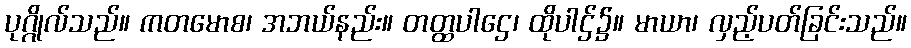
ပုဂ္ဂိုလ်သည်။ ကတမောစ၊ အဘယ်နည်း။ တတ္ထပါဌေ၊ ထိုပါဌ်၌။ မာယာ၊ လှည့်ပတ်ခြင်းသည်။